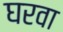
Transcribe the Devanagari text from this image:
घरवा